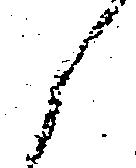
候